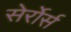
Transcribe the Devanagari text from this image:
सेर्रोर्स